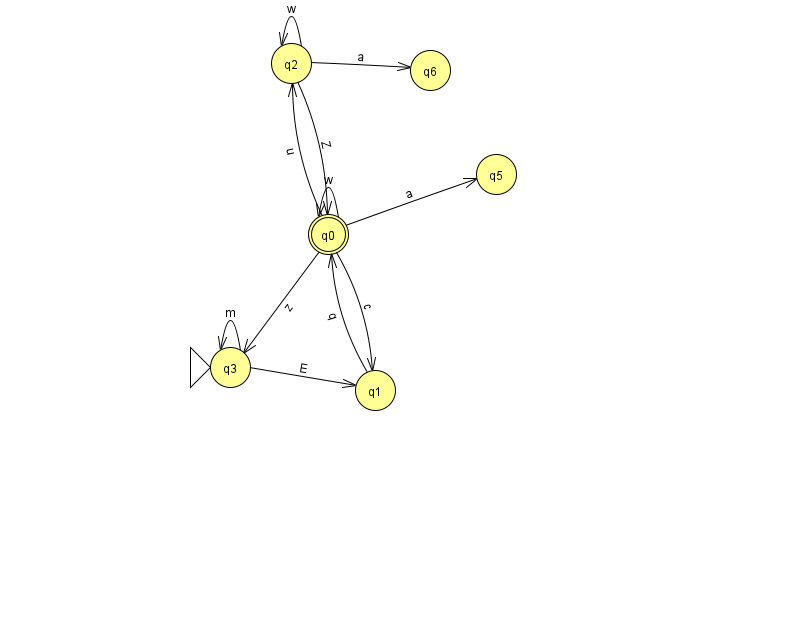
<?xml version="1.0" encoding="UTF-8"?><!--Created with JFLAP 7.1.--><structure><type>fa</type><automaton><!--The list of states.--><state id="0" name="q0"><x>328.0</x><y>221.0</y><final/></state><state id="1" name="q1"><x>375.0</x><y>377.0</y></state><state id="2" name="q2"><x>291.0</x><y>50.0</y></state><state id="3" name="q3"><x>230.0</x><y>354.0</y><initial/></state><state id="5" name="q5"><x>496.0</x><y>161.0</y></state><state id="6" name="q6"><x>430.0</x><y>57.0</y></state><!--The list of transitions.--><transition><from>0</from><to>3</to><read>z</read></transition><transition><from>2</from><to>6</to><read>a</read></transition><transition><from>0</from><to>1</to><read>c</read></transition><transition><from>0</from><to>2</to><read>u</read></transition><transition><from>0</from><to>0</to><read>w</read></transition><transition><from>1</from><to>0</to><read>q</read></transition><transition><from>2</from><to>2</to><read>w</read></transition><transition><from>0</from><to>5</to><read>a</read></transition><transition><from>2</from><to>0</to><read>Z</read></transition><transition><from>3</from><to>1</to><read>E</read></transition><transition><from>3</from><to>3</to><read>m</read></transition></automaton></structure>